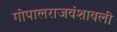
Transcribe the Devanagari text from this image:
गोपालराजवंशावली